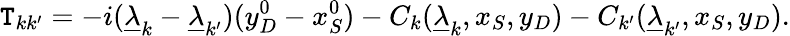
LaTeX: {\cal\mathtt{T}}_{kk^{\prime}}=-i(\underline{{{\lambda}}}_{k}-\underline{{{\lambda}}}_{k^{\prime}})(y_{D}^{0}-x_{S}^{0})-C_{k}(\underline{{{\lambda}}}_{k},x_{S},y_{D})-C_{k^{\prime}}(\underline{{{\lambda}}}_{k^{\prime}},x_{S},y_{D}).